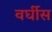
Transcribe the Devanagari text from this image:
वर्घीस